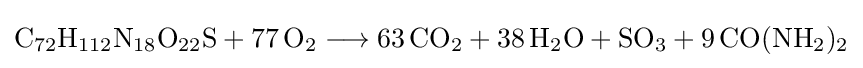
{\mathrm {C} {\vphantom {A}}_{\smash[{t}]{72}}\mathrm {H} {\vphantom {A}}_{\smash[{t}]{112}}\mathrm {N} {\vphantom {A}}_{\smash[{t}]{18}}\mathrm {O} {\vphantom {A}}_{\smash[{t}]{22}}\mathrm {S} {}+{}77\,\mathrm {O} {\vphantom {A}}_{\smash[{t}]{2}}{}\mathrel {\longrightarrow } {}63\,\mathrm {CO} {\vphantom {A}}_{\smash[{t}]{2}}{}+{}38\,\mathrm {H} {\vphantom {A}}_{\smash[{t}]{2}}\mathrm {O} {}+{}\mathrm {SO} {\vphantom {A}}_{\smash[{t}]{3}}{}+{}9\,\mathrm {CO} (\mathrm {NH} {\vphantom {A}}_{\smash[{t}]{2}}){\vphantom {A}}_{\smash[{t}]{2}}}